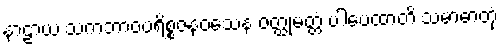
နာဠာယ သကဘာဝပရိစ္စဇနဝသေန ဝတ္ထုမတ္တံ ပါပေထာတိ သမာဓာတုံ